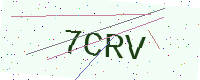
Text: 7CRV